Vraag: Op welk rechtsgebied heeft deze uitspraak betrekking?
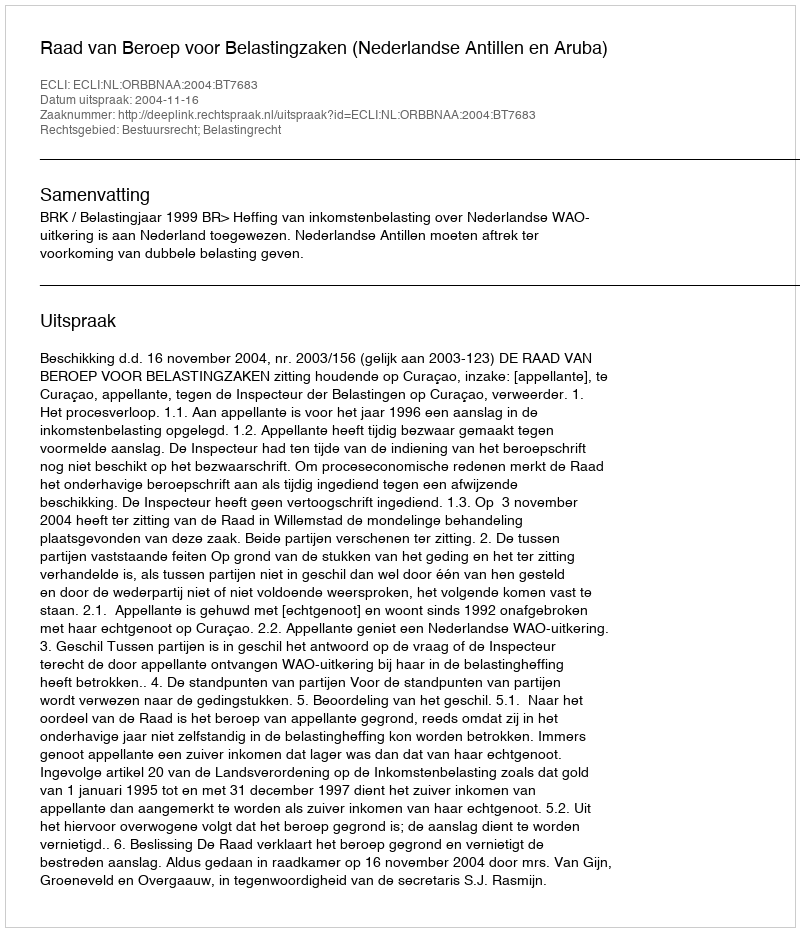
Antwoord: Bestuursrecht; Belastingrecht